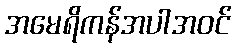
အမေရိကန်အပါအဝင်